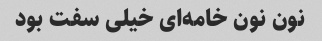
نون نون خامه‌ای خیلی سفت بود